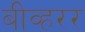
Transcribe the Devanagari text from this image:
बीव्हरर